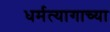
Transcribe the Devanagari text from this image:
धर्मत्यागाच्या